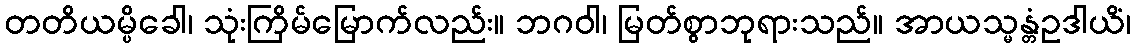
တတိယမ္ပိခေါ၊ သုံးကြိမ်မြောက်လည်း။ ဘဂဝါ၊ မြတ်စွာဘုရားသည်။ အာယသ္မန္တံဥဒါယိံ၊